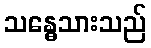
သန္ဓေသားသည်